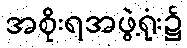
အစိုးရအဖွဲ့ရုံး၌